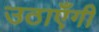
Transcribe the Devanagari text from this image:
उठाएँगी